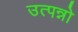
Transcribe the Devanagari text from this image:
उत्पन्नो